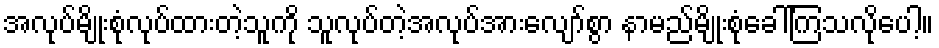
အလုပ်မျိုးစုံလုပ်ထားတဲ့သူကို သူလုပ်တဲ့အလုပ်အားလျော်စွာ နာမည်မျိုးစုံခေါ်ကြသလိုပေါ့။